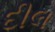
દીલ